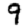
Digit: 9